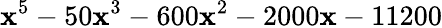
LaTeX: \mathbf{x}^{5}-50\mathbf{x}^{3}-600\mathbf{x}^{2}-2000\mathbf{x}-11200